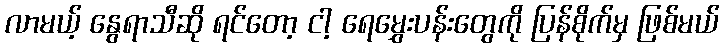
လာမယ့် နွေရာသီဆို ရင်တော့ ငါ့ ရေမွှေးပန်းတွေကို ပြန်စိုက်မှ ဖြစ်မယ်